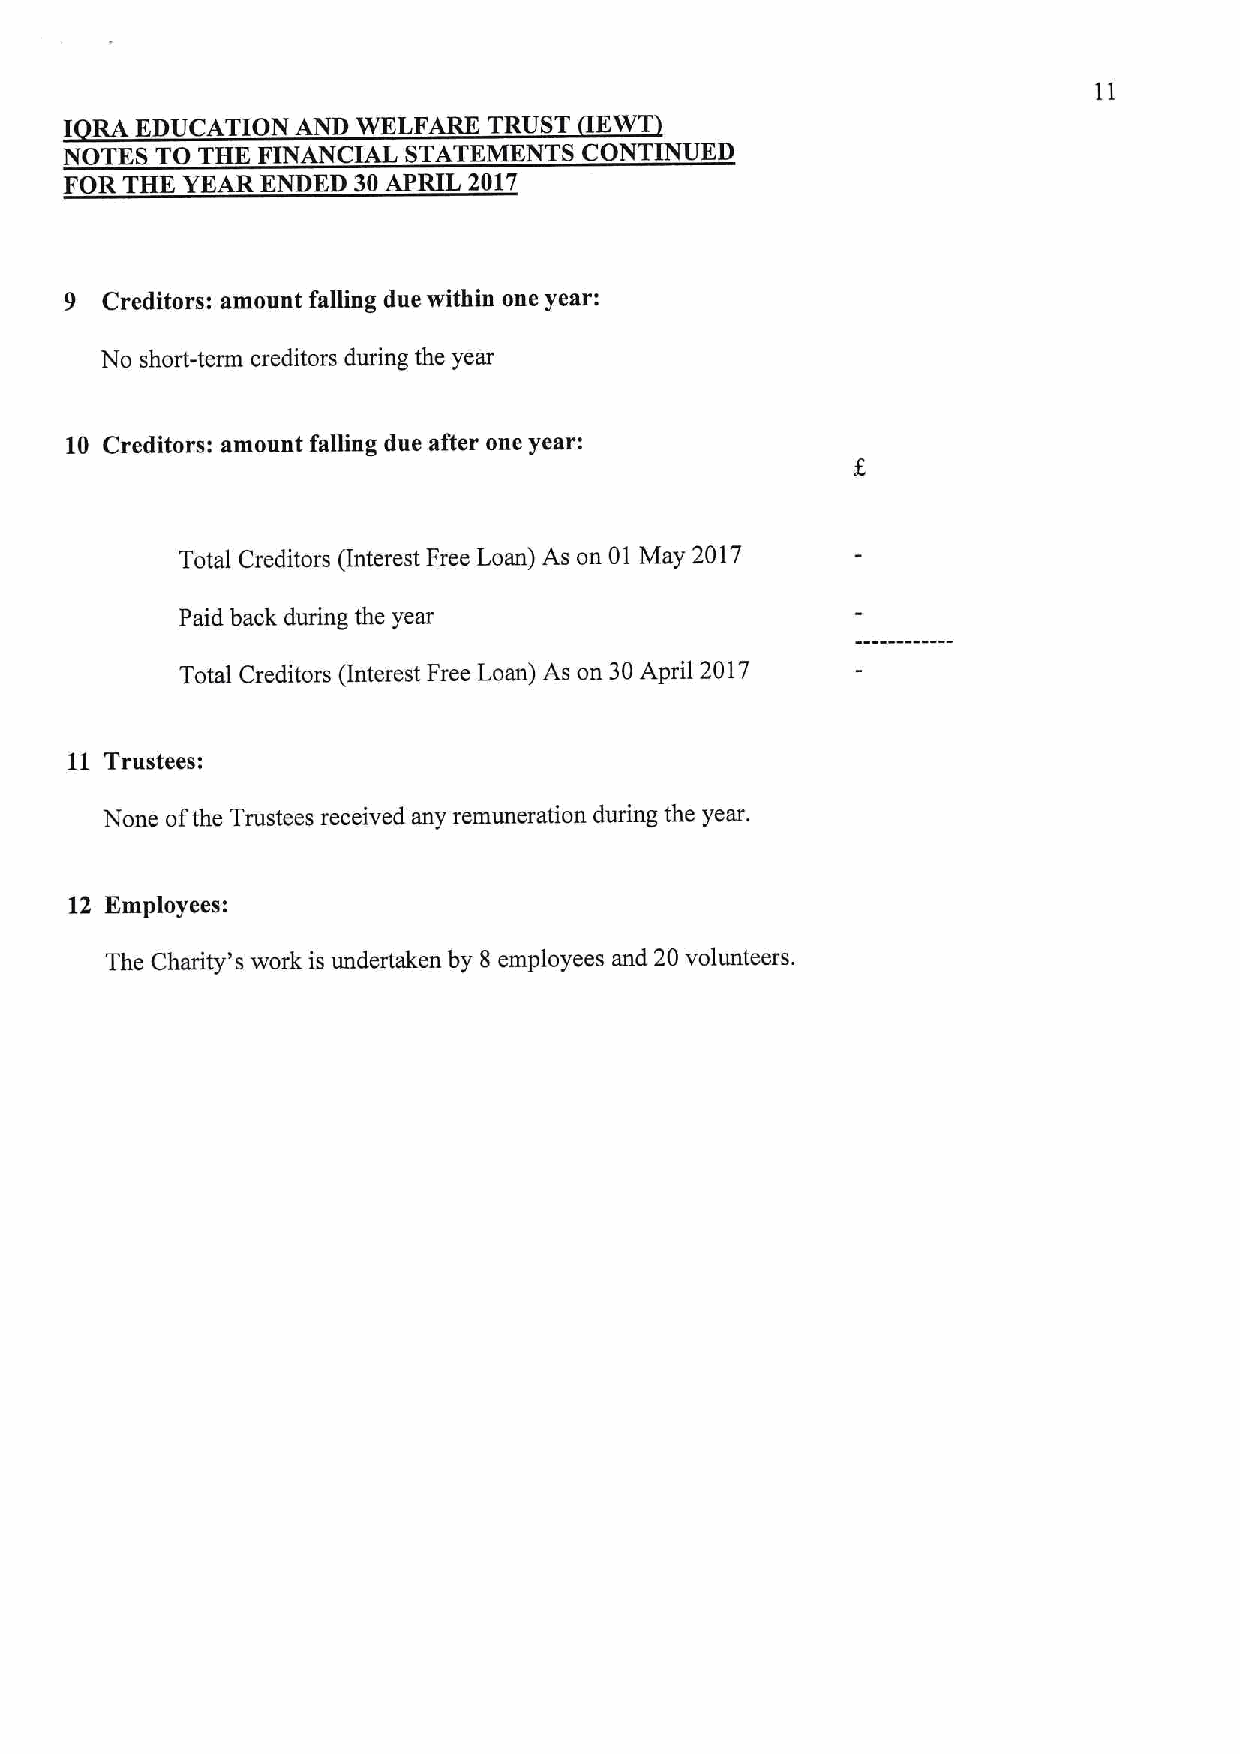
I RA EDUCATION  AND WELFARE TRUST    WT
 NOTES TO THE FINANCIAL STATEMENTS  CONTINUED
 FOR THE YEAR ENDED 30APRIL 2017
 9  Creditors: amount falling due within one year:
 No short-term creditors during the year
 10 Creditors: amount falling due after one year:
 Total Creditors interest Free Loan) As on 01 May 2017
 Paid back during the year
 Total Creditors (Interest Free Loan) As on 30April 2017
 11 Trustees:
 None ofthe Trustees received any remuneration during the year.
 12 Employees:
 The Charity's work is undertaken by 8 employees and 20 volunteers.